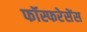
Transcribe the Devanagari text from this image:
फॉस्फरेसेंस